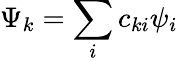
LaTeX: \Psi_{k}=\sum_{i}c_{ki}\psi_{i}